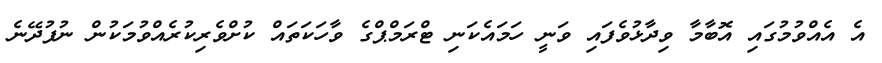
އެ އެއްވުމުގައި އޮބާމާ ވިދާޅުވެފައި ވަނީ ހަމައެކަނި ޓްރަމްޕްގެ ވާހަކަތައް ކުށްވެރިކުރެއްވުމަކުން ނުފުދޭނެ